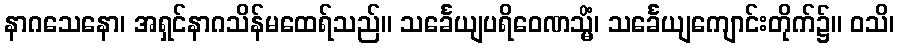
နာဂသေနော၊ အရှင်နာဂသိန်မထေရ်သည်။ သင်္ခေယျပရိဝေဏသ္မိံ၊ သင်္ခေယျကျောင်းတိုက်၌။ ဝသိ၊